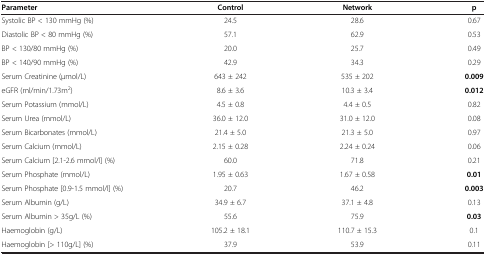
| Parameter | Control | Network | p |
 | --- | --- | --- | --- |
 | Systolic BP < 130 mmHg (%) | 24.5 | 28.6 | 0.67 |
 | Diastolic BP < 80 mmHg (%) | 57.1 | 62.9 | 0.53 |
 | BP < 130/80 mmHg (%) | 20.0 | 25.7 | 0.49 |
 | BP < 140/90 mmHg (%) | 42.9 | 34.3 | 0.29 |
 | Serum Creatinine (μmol/L) | 643 ± 242 | 535 ± 202 | 0.009 |
 | eGFR (ml/min/1.73m2) | 8.6 ± 3.6 | 10.3 ± 3.4 | 0.012 |
 | Serum Potassium (mmol/L) | 4.5 ± 0.8 | 4.4 ± 0.5 | 0.82 |
 | Serum Urea (mmol/L) | 36.0 ± 12.0 | 31.0 ± 12.0 | 0.08 |
 | Serum Bicarbonates (mmol/L) | 21.4 ± 5.0 | 21.3 ± 5.0 | 0.97 |
 | Serum Calcium (mmol/L) | 2.15 ± 0.28 | 2.24 ± 0.24 | 0.06 |
 | Serum Calcium [2.1-2.6 mmol/l] (%) | 60.0 | 71.8 | 0.21 |
 | Serum Phosphate (mmol/L) | 1.95 ± 0.63 | 1.67 ± 0.58 | 0.01 |
 | Serum Phosphate [0.9-1.5 mmol/l] (%) | 20.7 | 46.2 | 0.003 |
 | Serum Albumin (g/L) | 34.9 ± 6.7 | 37.1 ± 4.8 | 0.13 |
 | Serum Albumin > 35g/L (%) | 55.6 | 75.9 | 0.03 |
 | Haemoglobin (g/L) | 105.2 ± 18.1 | 110.7 ± 15.3 | 0.1 |
 | Haemoglobin [> 110g/L] (%) | 37.9 | 53.9 | 0.11 |